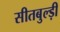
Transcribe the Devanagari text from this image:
सीतबुल्ड़ी